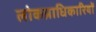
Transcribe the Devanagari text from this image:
लोकप्राधिकारियों